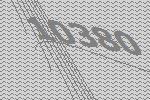
10380